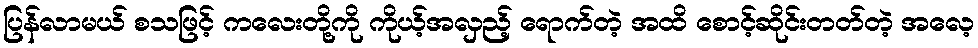
ပြန်လာမယ် စသဖြင့် ကလေးတို့ကို ကိုယ့်အလှည့် ရောက်တဲ့ အထိ စောင့်ဆိုင်းတတ်တဲ့ အလေ့